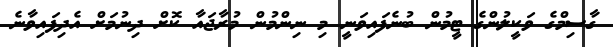
ގާސިމްގެ ވަކީލުންގެ ޓީމުން ބުނެފައިވަނީ މި ނިންމުން މުރާޖައާ ކޮށް ދިނުމަށް އެދިފައިވާނެ